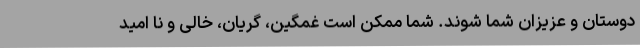
دوستان و عزیزان شما شوند. شما ممکن است غمگین، گریان، خالی و نا امید